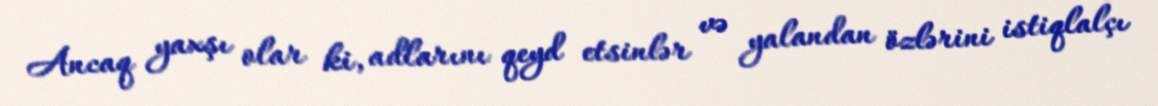
Ancaq yaxşı olar ki, adlarını qeyd etsinlər və yalandan özlərini istiqlalçı